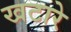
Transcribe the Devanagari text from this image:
खटारे